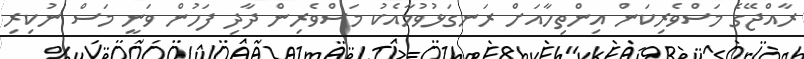
ރާއްޖޭގެ މަސްވެރިކަން އިންތިހާއަށް ރަނގަޅުވުމާއެކު މަސްވެރިން ދާދި ފަހުން ވަނީ މަސް ނުކިރި